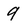
Character: 9